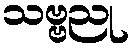
သဗ္ဗညု